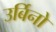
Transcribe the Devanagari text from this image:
उर्बिनो